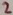
Text: 2